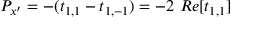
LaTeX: P _ { x ^ { \prime } } = - ( t _ { 1 , 1 } - t _ { 1 , - 1 } ) = - 2 \ R e [ t _ { 1 , 1 } ]